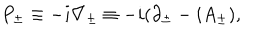
P _ { \pm } \equiv - i \nabla _ { \pm } \equiv - i ( \partial _ { \pm } - i A _ { \pm } ) ,